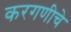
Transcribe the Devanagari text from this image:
करगणीचे